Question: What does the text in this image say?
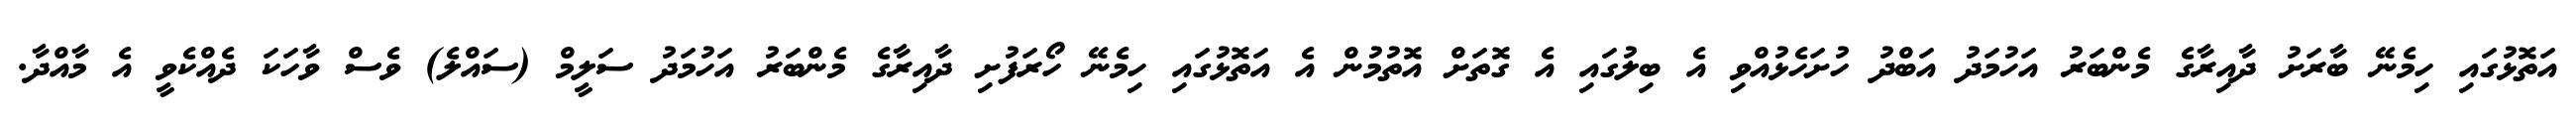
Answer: އަތޮޅުގައި ހިމެނޭ ބާރަށު ދާއިރާގެ މެންބަރު އަހުމަދު އަބްދު ހުށަހެޅުއްވި އެ ބިލުގައި އެ ގޮތަށް އޮތުމުން އެ އަތޮޅުގައި ހިމެނޭ ހޯރަފުށި ދާއިރާގެ މެންބަރު އަހުމަދު ސަލީމް (ސައްލެ) ވެސް ވާހަކަ ދެއްކެވީ އެ މާއްދާ.